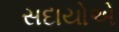
સદાયોએ